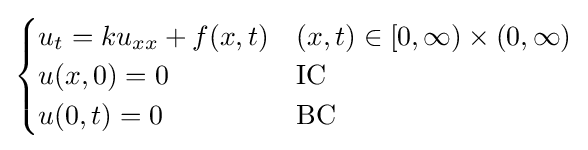
{\begin{cases}u_{t}=ku_{xx}+f(x,t)&(x,t)\in [0,\infty )\times (0,\infty )\\u(x,0)=0&{\text{IC}}\\u(0,t)=0&{\text{BC}}\end{cases}}